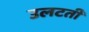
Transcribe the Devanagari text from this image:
उलटती